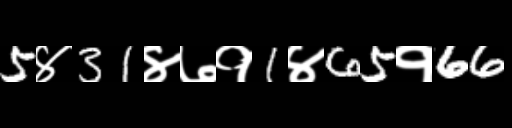
Text: 5४31४७१1४65१66